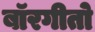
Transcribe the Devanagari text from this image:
बॉरगीतो